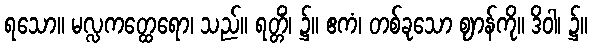
ရသော။ မလ္လကတ္ထေရော၊ သည်။ ရတ္တိံ၊ ၌။ ဧကံ၊ တစ်ခုသော ဈာန်ကို။ ဒိဝါ၊ ၌။